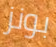
بونز